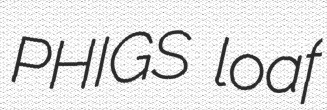
PHIGS loaf